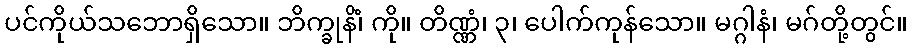
ပင်ကိုယ်သဘောရှိသော။ ဘိက္ခုနိံ၊ ကို။ တိဏ္ဏံ၊ ၃၊ ပေါက်ကုန်သော။ မဂ္ဂါနံ၊ မဂ်တို့တွင်။